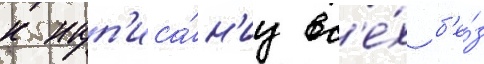
к нап'иса́н'иу вс'е́х б'е́з